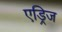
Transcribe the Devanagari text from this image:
एड्रिज